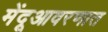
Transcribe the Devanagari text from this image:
मेंदूआवरणात